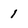
Character: 1